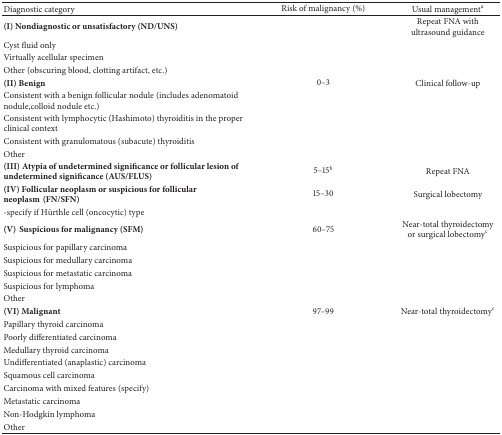
<table><thead><tr><td><b>Diagnostic category</b></td><td><b>Risk of malignancy (%)</b></td><td><b>Usual management<sup>a</sup></b></td></tr></thead><tbody><tr><td><b>(I) Nondiagnostic or unsatisfactory (ND/UNS)</b></td><td> </td><td>Repeat FNA with ultrasound guidance</td></tr><tr><td>Cyst fluid only</td><td> </td><td> </td></tr><tr><td>Virtually acellular specimen</td><td> </td><td> </td></tr><tr><td>Other (obscuring blood, clotting artifact, etc.)</td><td> </td><td> </td></tr><tr><td><b>(II) Benign</b></td><td>0–3</td><td>Clinical follow-up</td></tr><tr><td>Consistent with a benign follicular nodule (includes adenomatoid nodule,colloid nodule etc.)</td><td> </td><td> </td></tr><tr><td>Consistent with lymphocytic (Hashimoto) thyroiditis in the proper clinical context</td><td> </td><td> </td></tr><tr><td>Consistent with granulomatous (subacute) thyroiditis</td><td> </td><td> </td></tr><tr><td>Other</td><td> </td><td> </td></tr><tr><td><b>(III) Atypia of undetermined significance or follicular lesion of undetermined significance (AUS/FLUS)</b></td><td>5–15<sup>b</sup></td><td>Repeat FNA</td></tr><tr><td><b>(IV) Follicular neoplasm or suspicious for follicular neoplasm(FN/SFN)</b></td><td>15–30</td><td>Surgical lobectomy</td></tr><tr><td>-specify if Hürthle cell (oncocytic) type</td><td> </td><td> </td></tr><tr><td><b>(V)Suspicious for malignancy (SFM)</b></td><td>60–75</td><td>Near-total thyroidectomy or surgical lobectomy<sup>c</sup></td></tr><tr><td>Suspicious for papillary carcinoma</td><td> </td><td> </td></tr><tr><td>Suspicious for medullary carcinoma </td><td> </td><td> </td></tr><tr><td>Suspicious for metastatic carcinoma</td><td> </td><td> </td></tr><tr><td>Suspicious for lymphoma</td><td> </td><td> </td></tr><tr><td>Other </td><td> </td><td> </td></tr><tr><td><b>(VI) Malignant</b></td><td>97–99</td><td>Near-total thyroidectomy<sup>c</sup></td></tr><tr><td>Papillary thyroid carcinoma</td><td> </td><td> </td></tr><tr><td>Poorly differentiated carcinoma</td><td> </td><td> </td></tr><tr><td>Medullary thyroid carcinoma</td><td> </td><td> </td></tr><tr><td>Undifferentiated (anaplastic) carcinoma</td><td> </td><td> </td></tr><tr><td>Squamous cell carcinoma</td><td> </td><td> </td></tr><tr><td>Carcinoma with mixed features (specify)</td><td> </td><td> </td></tr><tr><td>Metastatic carcinoma</td><td> </td><td> </td></tr><tr><td>Non-Hodgkin lymphoma</td><td> </td><td> </td></tr><tr><td>Other</td><td> </td><td> </td></tr></tbody></table>